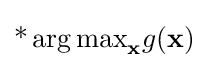
\operatorname {*} {\arg \max }_{\mathbf {x} }g(\mathbf {x} )